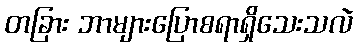
တခြား ဘာများပြောစရာရှိသေးသလဲ